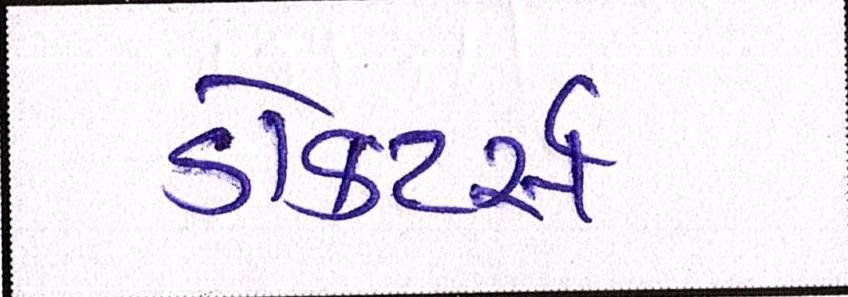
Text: ડૉક્ટર્સ